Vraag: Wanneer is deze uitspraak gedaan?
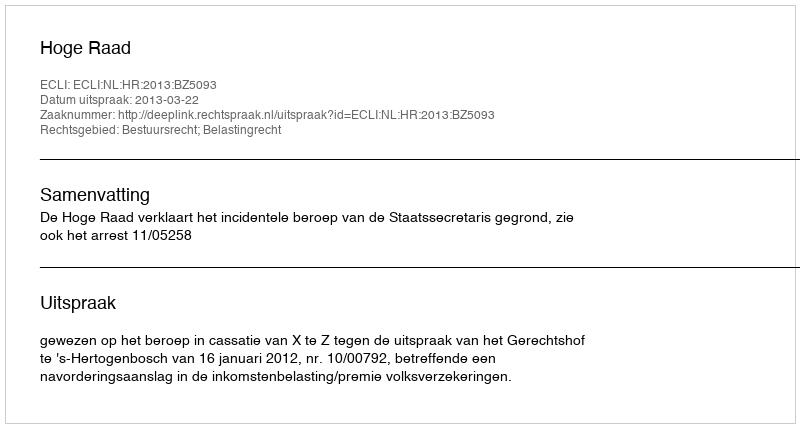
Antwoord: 2013-03-22